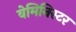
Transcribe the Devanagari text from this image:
वेमिनिस्टर